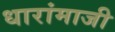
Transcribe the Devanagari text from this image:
धारांमाजी